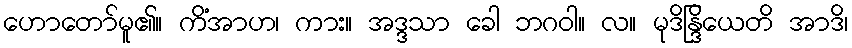
ဟောတော်မူ၏။ ကိံအာဟ၊ ကား။ အဒ္ဒသာ ခေါ ဘဂဝါ။ လ။ မုဒိန္ဒြိယေတိ အာဒိ၊